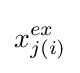
x_{j(i)}^{ex}